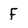
Character: F